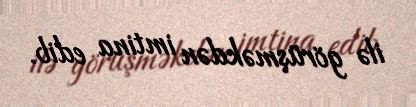
ilə görüşməkdən imtina edib.